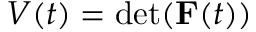
V ( t ) = \operatorname* { d e t } ( \mathbf { F } ( t ) )